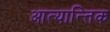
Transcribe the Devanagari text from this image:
आत्यान्तिक